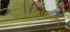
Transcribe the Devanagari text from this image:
दिग्गजाबरोबरतर